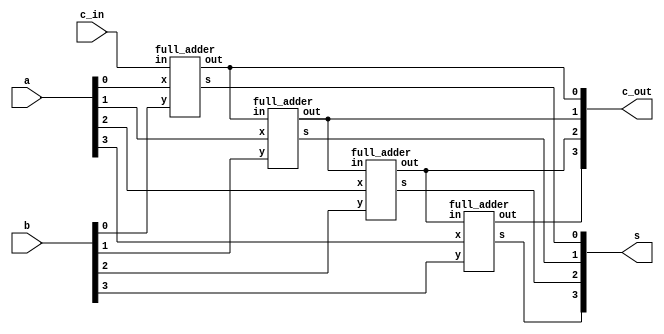

module part2(a, b, c_in, s, c_out);
	input [3:0]a;
	input [3:0]b;
	input c_in;
	
	output [3:0]s;
	output [3:0]c_out;
	
	//wire w1,w2,w3;
	
	full_adder A1(a[0],b[0],c_in,s[0],c_out[0]);
	full_adder A2(a[1],b[1],c_out[0],s[1],c_out[1]);
	full_adder A3(a[2],b[2],c_out[1],s[2],c_out[2]);
	full_adder A4(a[3],b[3],c_out[2],s[3],c_out[3]);
	
endmodule

module full_adder(x,y,in,s,out);
	input x,y,in;
	output s,out;
		
	assign s = x^y^in;
	assign out = (x&y)|(x&in)|(y&in);
endmodule